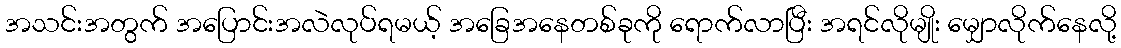
အသင်းအတွက် အပြောင်းအလဲလုပ်ရမယ့် အခြေအနေတစ်ခုကို ရောက်လာပြီး အရင်လိုမျိုး မျှောလိုက်နေလို့